Maemoisa_(Sinalepa)_vallavalitsus, lk 29
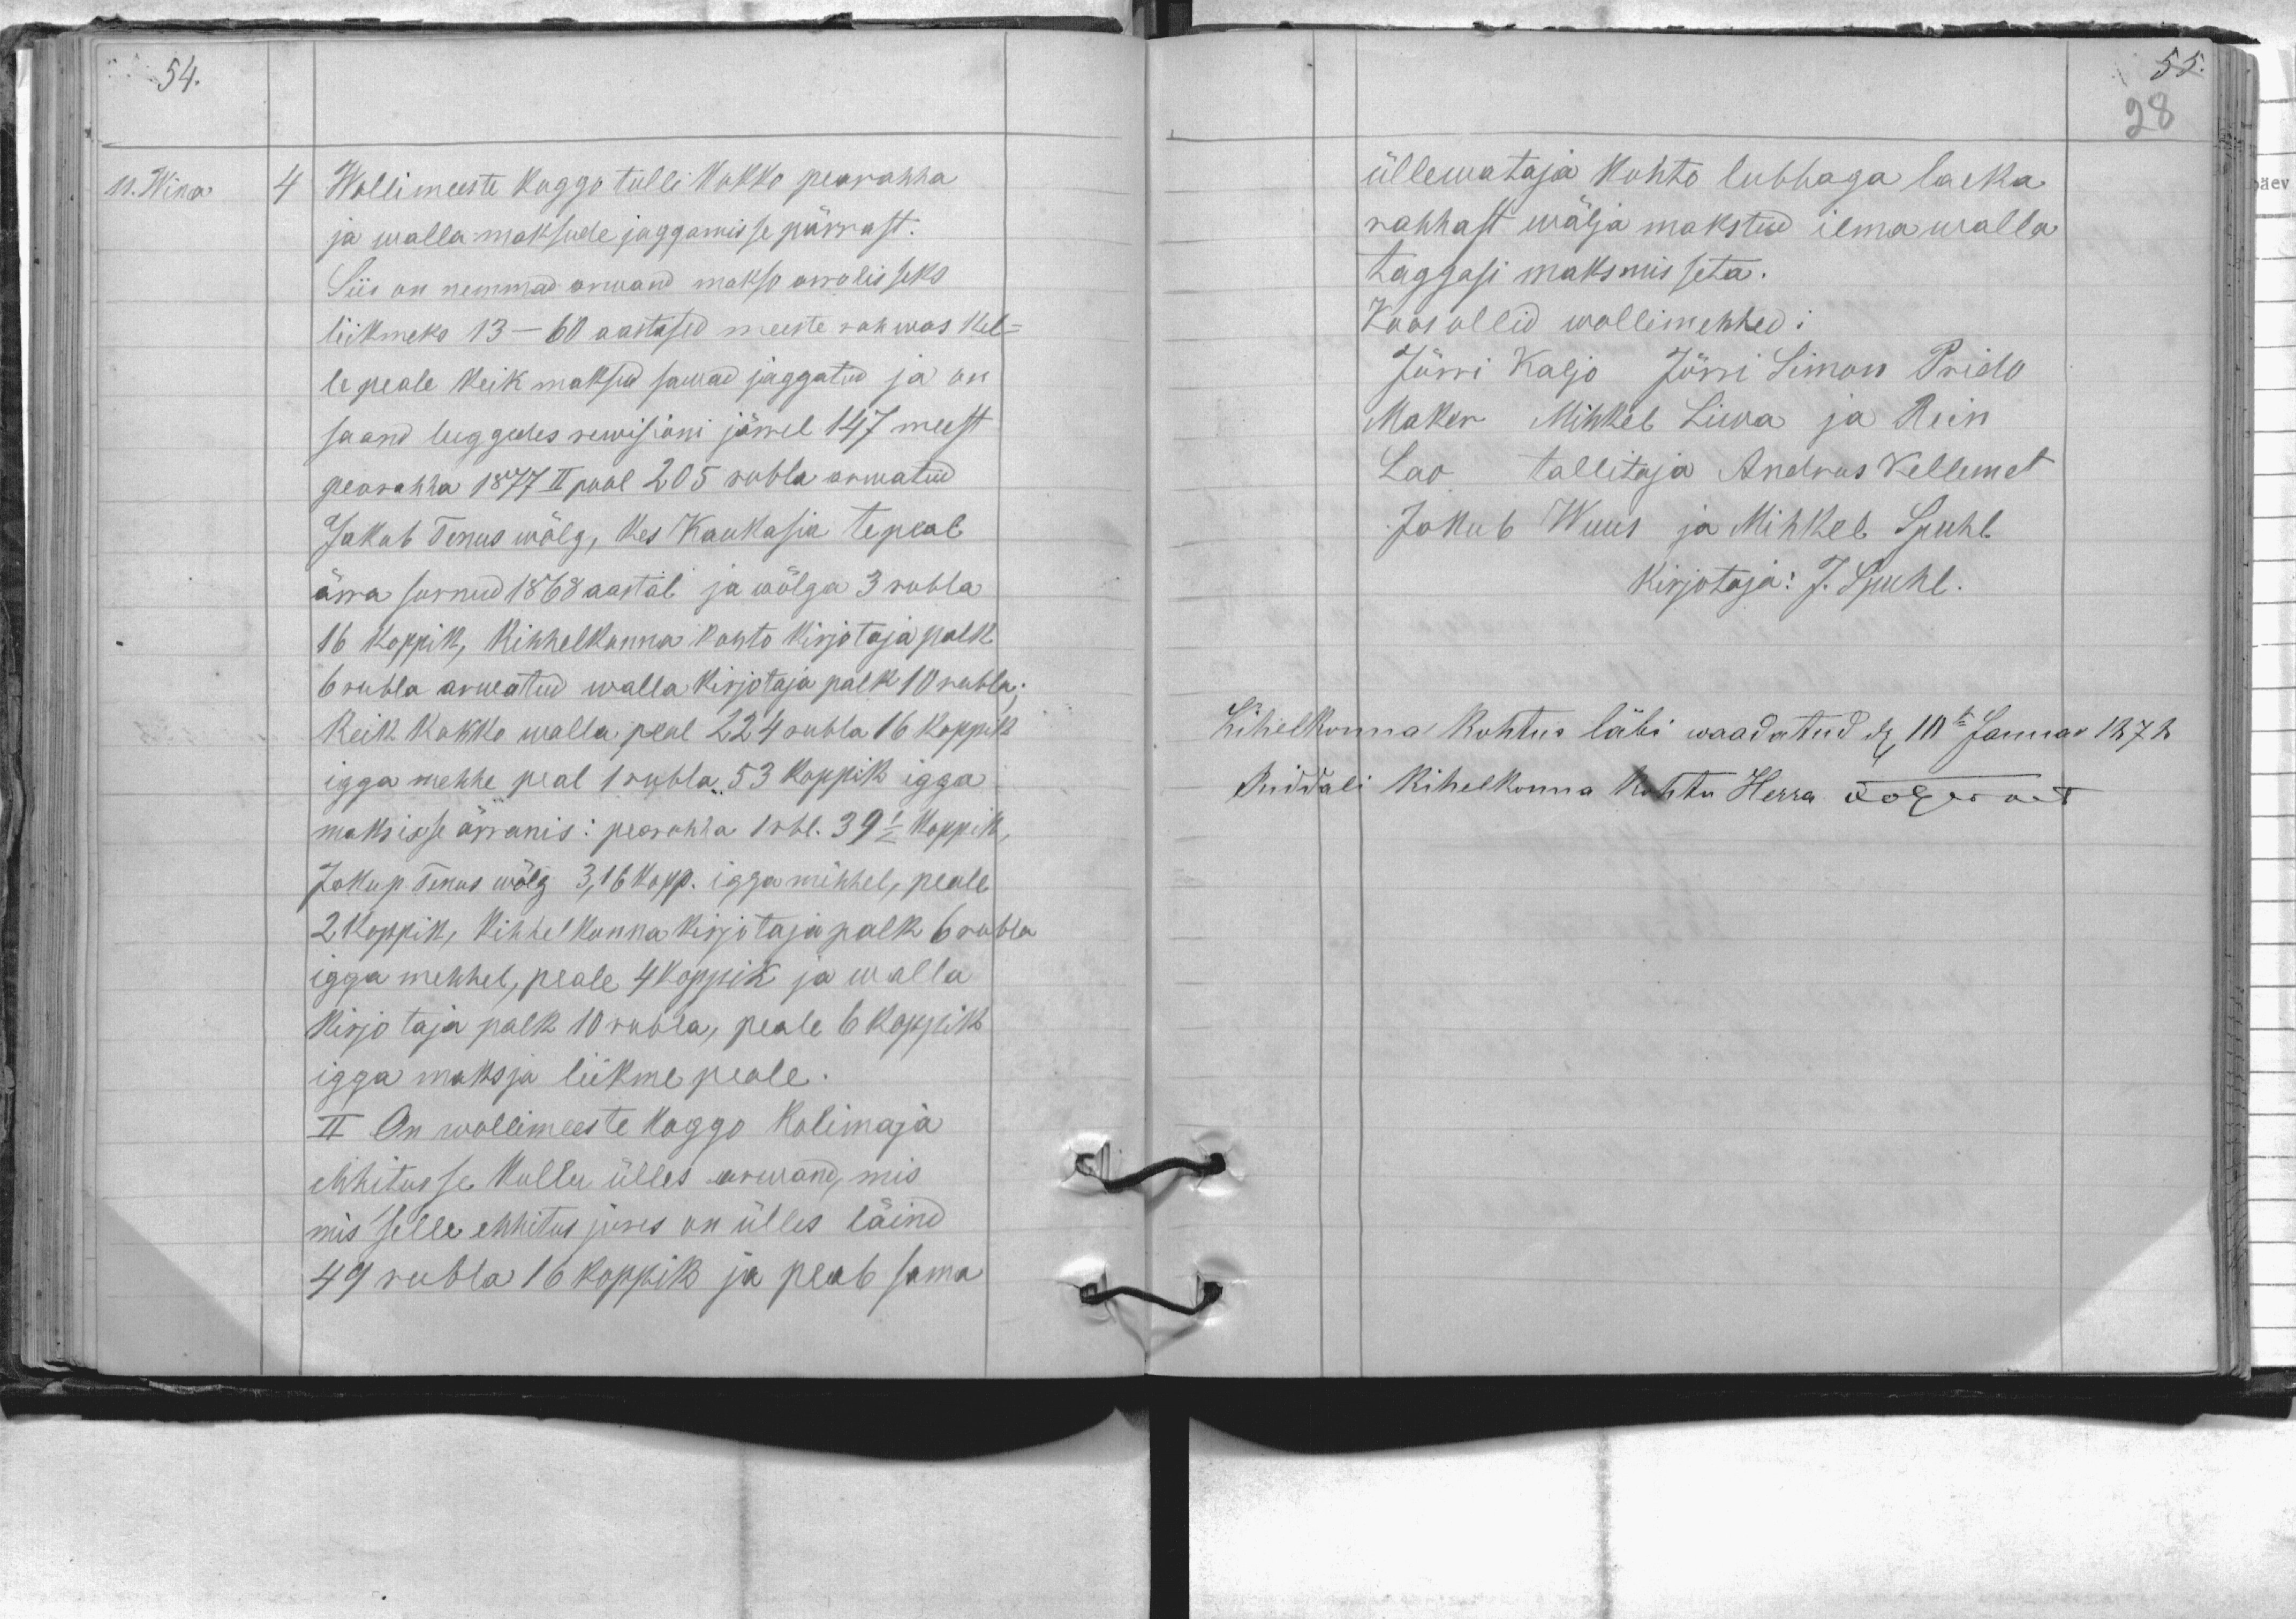
11. Wina

4 Wollimeeste koggo tulli kokko pearahha
ja walla maksude jaggamisse pärrast.
Siis on nemmad arwand makso arrolisseks
liikmeks 13 - 60 aastased meeste rahwas kel-
le peale keik maksud sawad jaggatud ja on
saand luggedes rewisioni järrel 147 meest
pearahha 1877 II pool 205 rubla arwatud
Jakub Tenus wälg, kes Kaukasia te peal
ärra surnud 1868 aastal ja wõlga 3 rubla
16 koppik, kihhelkonna kohto kirjotaja palk
6 rubla arwatud walla kirjotaja palk 10 rubla;
keik kokko walla peal 224 rubla 16 koppik
igga mehhe peal 1 rubla 53 koppik igga
maksisse ärranis: pearahha 1 rbl. 39 1/2 koppik
Jakup Tenus wõlg 3,16 kopp. igga mihhel, peale
2 koppik, kihhelkonna kirjotaja palk 6 rubla
igga mehhel, peale 4 koppik ja walla
kirjotaja palk 10 rubla, peale 6 koppik
igga maksja liikme peale.
II On wollimeeste koggo kolimaja
ehhitusse kullu ülles arwand, mis
mis selle ehhitus jures on ülles läind
49 rubla 16 koppik ja peab sama

üllewataja kohto lubbaga laeka
rahhast wälja makstud ilma walla
taggasi maksmisseta.
Koos ollid wollimehhed:
Jürri Kaljo Jürri Simon Prido
Maker Mihkel Liwa ja Rein
Lao tallitaja Andrus Kellemet
Jakub Wuus ja Mihkel Spuhl
kirjotaja: J. Spuhl.
Kihelkonna kohtus läbi waadatud d. 10te Januar 1872
Riddali kihelkonna kohtu Herra öögesait